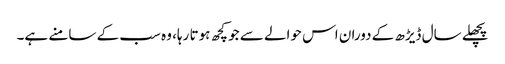
پچھلے سال ڈیڑھ کے دوران اس حوالے سے جو کچھ ہوتا رہا، وہ سب کے سامنے ہے۔